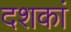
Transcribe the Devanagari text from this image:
दशकां